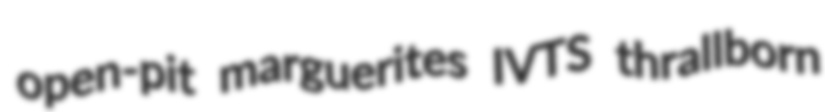
open-pit marguerites IVTS thrallborn